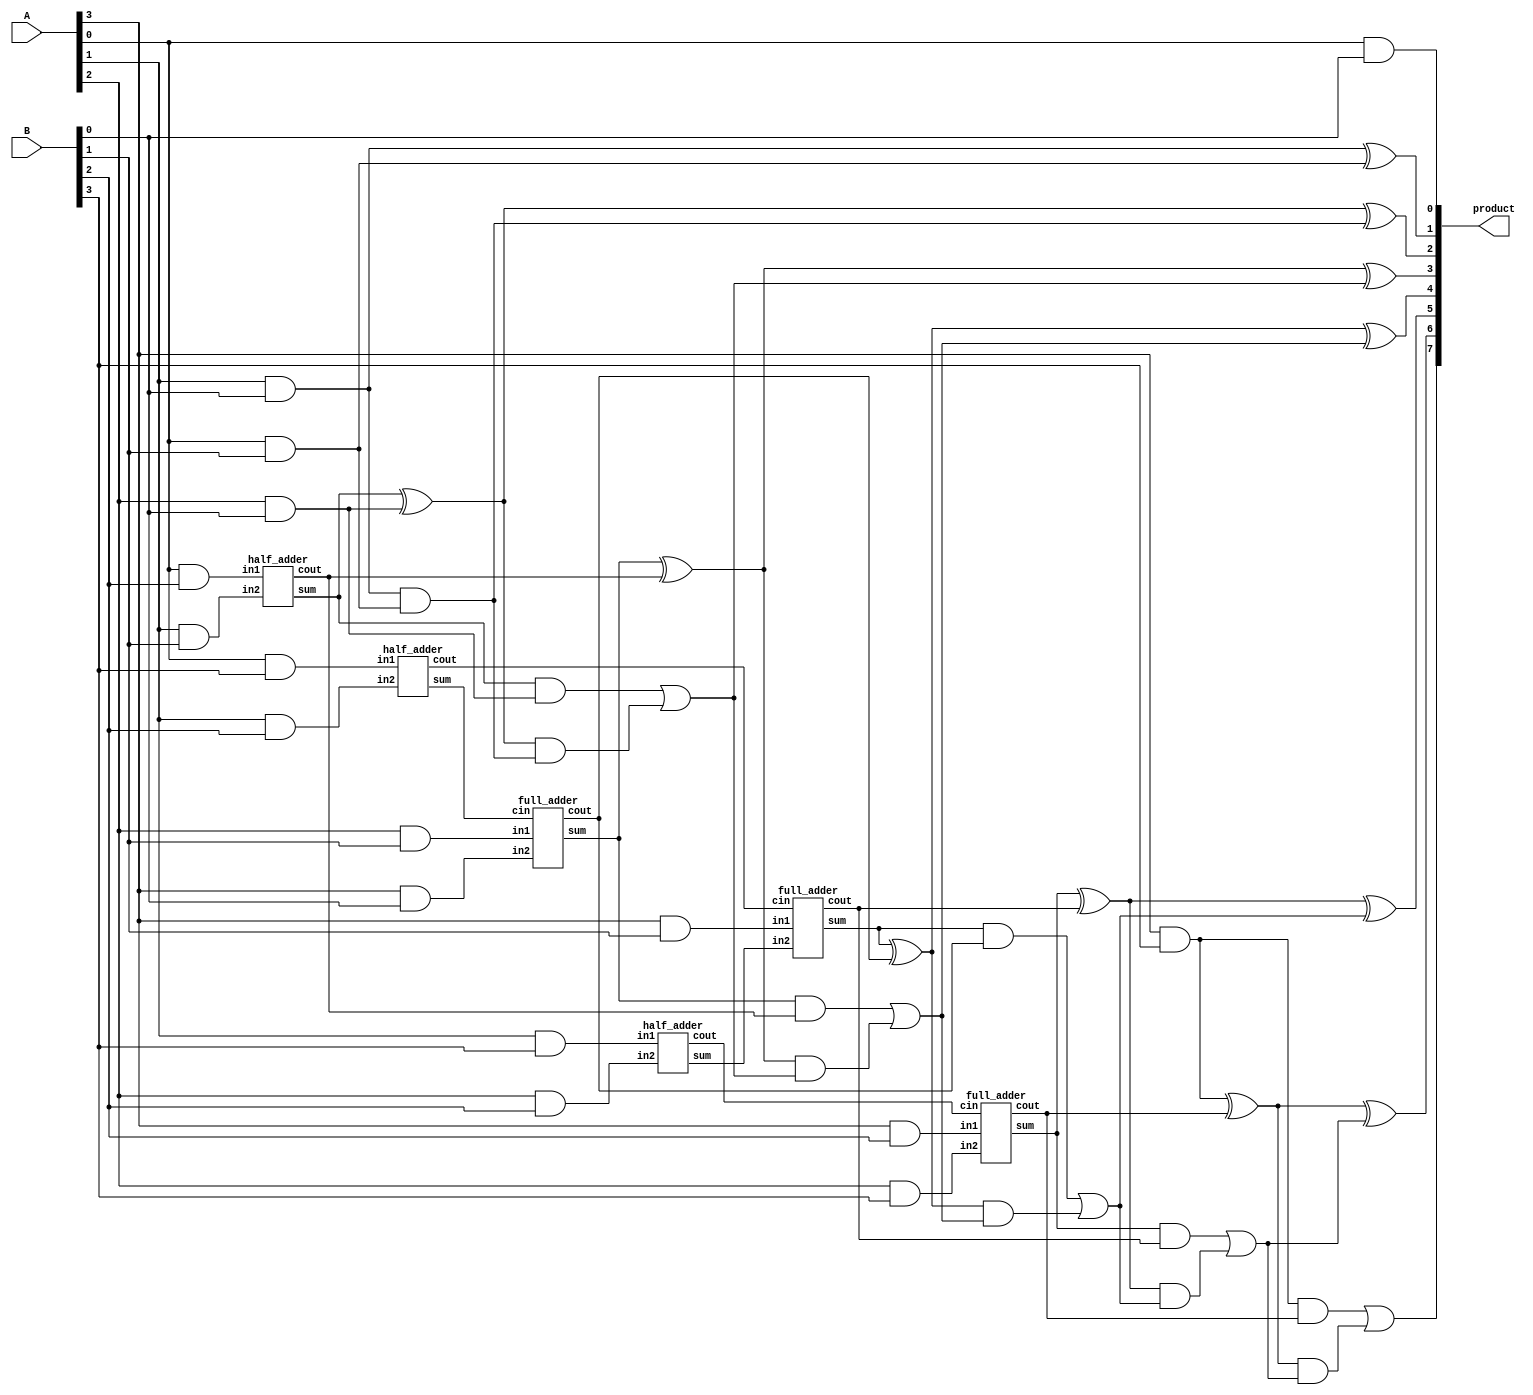
module dadda_unsigned_multiplier_CLA_4(product, A, B);
    input [3:0] A, B;
    output [7:0] product;

    wire [3:0] pp0, pp1, pp2, pp3;

    and AND01(pp0[0], A[0], B[0]);
    and AND02(pp0[1], A[1], B[0]);
    and AND03(pp0[2], A[2], B[0]);
    and AND04(pp0[3], A[3], B[0]);
    and AND05(pp1[0], A[0], B[1]);
    and AND06(pp1[1], A[1], B[1]);
    and AND07(pp1[2], A[2], B[1]);
    and AND08(pp1[3], A[3], B[1]);
    and AND09(pp2[0], A[0], B[2]);
    and AND10(pp2[1], A[1], B[2]);
    and AND11(pp2[2], A[2], B[2]);
    and AND12(pp2[3], A[3], B[2]);
    and AND13(pp3[0], A[0], B[3]);
    and AND14(pp3[1], A[1], B[3]);
    and AND15(pp3[2], A[2], B[3]);
    and AND16(pp3[3], A[3], B[3]);

    assign product[0] = pp0[0];

    /* First Stage */
    half_adder ha1(s11, c11, pp3[0], pp2[1]);
    half_adder ha2(s12, c12, pp3[1], pp2[2]);

    /* Second Stage */
    half_adder ha3(s21, c21, pp2[0], pp1[1]);
    full_adder fa1(s22, c22, pp1[2], pp0[3], s11);
    full_adder fa2(s23, c23, pp1[3], s12,    c11);
    full_adder fa3(s24, c24, pp2[3], pp3[2], c12);


    /* Final Stage is a Carru Look-Ahead Adder */
    wire [5:0] G; /* Generate */
    wire [5:0] P; /* Propagate */
    wire [5:0] C; /* Carry */

    assign G[0] = pp0[1] & pp1[0];
    assign G[1] = s21    & pp0[2];
    assign G[2] = s22    & c21;
    assign G[3] = s23    & c22;
    assign G[4] = s24    & c23;
    assign G[5] = pp3[3] & c24;
    assign P[0] = pp0[1] ^ pp1[0];
    assign P[1] = s21    ^ pp0[2];
    assign P[2] = s22    ^ c21;
    assign P[3] = s23    ^ c22;
    assign P[4] = s24    ^ c23;
    assign P[5] = pp3[3] ^ c24;

    //assign C[0] = 0;
    assign C[1] = G[0];
    assign C[2] = G[1] | (P[1] & C[1]);
    assign C[3] = G[2] | (P[2] & C[2]);
    assign C[4] = G[3] | (P[3] & C[3]);
    assign C[5] = G[4] | (P[4] & C[4]);
    assign product[7] =  G[5] | (P[5] & C[5]);

    assign product[1] = P[0];
    assign product[2] = P[1] ^ C[1];
    assign product[3] = P[2] ^ C[2];
    assign product[4] = P[3] ^ C[3];
    assign product[5] = P[4] ^ C[4];
    assign product[6] = P[5] ^ C[5];
endmodule

module half_adder(output wire sum,
                  output wire cout,
                  input wire in1,
                  input wire in2);
    xor(sum, in1, in2);
    and(cout, in1, in2);
endmodule

module full_adder(output wire sum,
                  output wire cout,
                  input wire in1,
                  input wire in2,
                  input wire cin);
    wire temp1;
    wire temp2;
    wire temp3;
    xor(sum, in1, in2, cin);
    and(temp1,in1,in2);
    and(temp2,in1,cin);
    and(temp3,in2,cin);
    or(cout,temp1,temp2,temp3);
endmodule